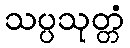
သပ္ပသုတ္တံ